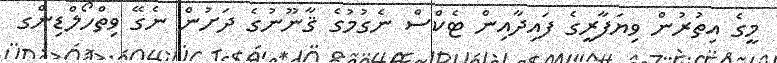
މީގެ އިތުރުން ވިޔަފާރީގެ ފައިދާއިން ޓެކްސް ނެގުމުގެ ޤާނޫނުގެ ދަށުން ނެގޭ ވިތްހޯލްޑިންގ